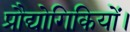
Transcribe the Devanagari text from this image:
प्रौद्योगिकियों।